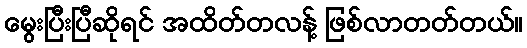
မွေးပြီးပြီဆိုရင် အထိတ်တလန့် ဖြစ်လာတတ်တယ်။